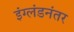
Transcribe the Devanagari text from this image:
इंग्लंडनंतर